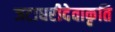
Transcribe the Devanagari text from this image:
जटाधरीदेवाकृति